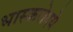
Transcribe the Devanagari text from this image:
भास्करोदये